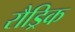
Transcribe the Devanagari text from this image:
रौड्रिक